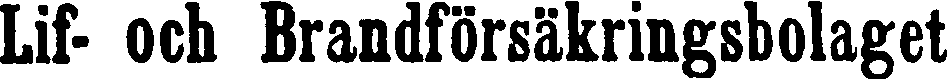
Lif- och Brandförsäkringsbolaget